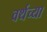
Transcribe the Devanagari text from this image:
वर्थच्या